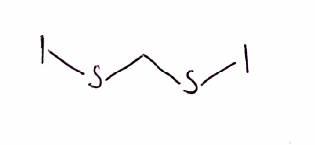
Simplified molecular-input line-entry system (SMILES) notation of the given molecule:
C(SI)SI